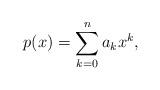
LaTeX: \begin{align*} p(x)=\sum_{k=0}^{n}a_{k}x^{k}, \end{align*}